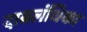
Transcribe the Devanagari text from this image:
दाबलंधिका